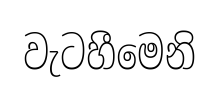
වැටහීමෙනි